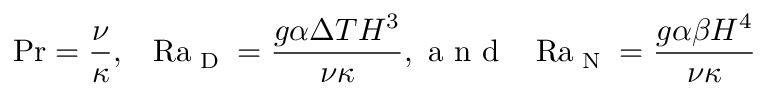
\ifmmode \mathrm { P r } \else \mathrm { P r } \fi = \frac { \nu } { \kappa } , \thickspace \thickspace \thickspace \ifmmode \mathrm { R a } _ { \textrm { D } } \else \mathrm { R a } _ { \textrm { D } } \fi = \frac { g \alpha \Delta T H ^ { 3 } } { \nu \kappa } , \textrm { a n d } \thickspace \thickspace \thickspace \ifmmode \mathrm { R a } _ { \textrm { N } } \else \mathrm { R a } _ { \textrm { N } } \fi = \frac { g \alpha \beta H ^ { 4 } } { \nu \kappa }